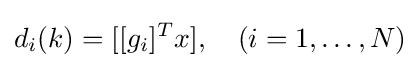
d_{i}(k)=[[g_{i}]^{T}x],\quad (i=1,\ldots ,N)